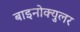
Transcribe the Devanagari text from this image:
बाइनोक्युलर